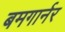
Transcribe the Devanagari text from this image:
बमगार्नर